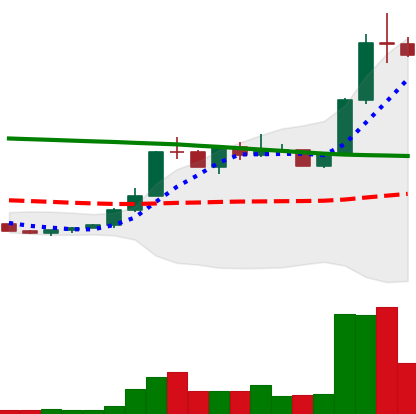
Ticker: ETC-USD
Chart end date: 2022-07-30
Forward return: -11.012%
Label: down_7plus